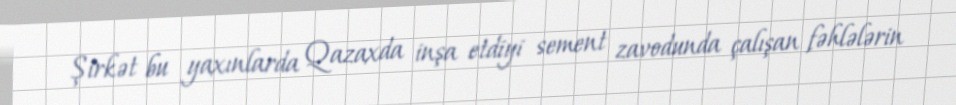
Şirkət bu yaxınlarda Qazaxda inşa etdiyi sement zavodunda çalışan fəhlələrin